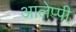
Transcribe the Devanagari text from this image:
आलेप्पी